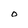
Character: O